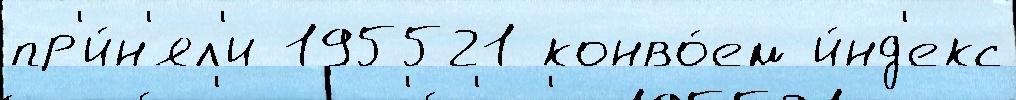
пр'и́н'ял'и 195521 конво́ем и́нд'екс